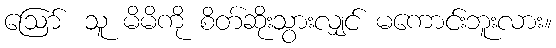
ဪ သူ မိမိကို စိတ်ဆိုးသွားလျှင် မကောင်းဘူးလား။